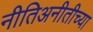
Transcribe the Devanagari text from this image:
नीतिअनीतीच्या